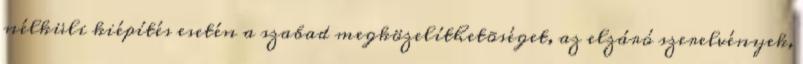
nélküli kiépítés esetén a szabad megközelíthetõséget, az elzáró szerelvények,